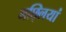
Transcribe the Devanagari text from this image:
मछ्लियां